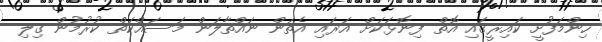
ހިންމަފުށީ ކައިރީގައި އޮތް ފިނޮޅަކަށް އަރައި އެތަން ނައްތާލަން މަސައްކަތް ކުރުމުން ގިލި